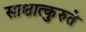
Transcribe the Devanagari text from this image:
साक्षात्कुरुते